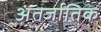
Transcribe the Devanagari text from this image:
अंतर्जातिक